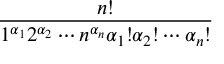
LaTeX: \frac { n ! } { 1 ^ { \alpha _ { 1 } } 2 ^ { \alpha _ { 2 } } \dotsm n ^ { \alpha _ { n } } \alpha _ { 1 } ! \alpha _ { 2 } ! \dotsm \alpha _ { n } ! }